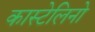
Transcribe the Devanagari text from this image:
कास्टेलिनो